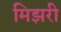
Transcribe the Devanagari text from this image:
मिझरी